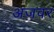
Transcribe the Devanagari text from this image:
अजवर